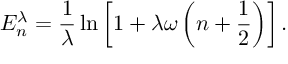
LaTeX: E _ { n } ^ { \lambda } = { \frac { 1 } { \lambda } } \ln \left[ 1 + \lambda \omega \left( n + { \frac { 1 } { 2 } } \right) \right] .